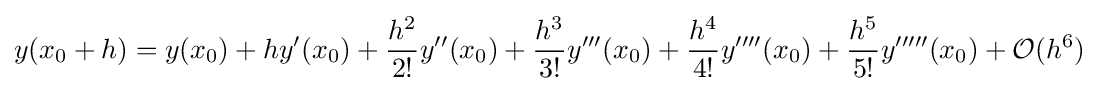
y(x_{0}+h)=y(x_{0})+hy'(x_{0})+{\frac {h^{2}}{2!}}y''(x_{0})+{\frac {h^{3}}{3!}}y'''(x_{0})+{\frac {h^{4}}{4!}}y''''(x_{0})+{\frac {h^{5}}{5!}}y'''''(x_{0})+{\mathcal {O}}(h^{6})